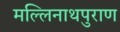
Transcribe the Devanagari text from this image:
मल्लिनाथपुराण